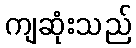
ကျဆုံးသည်